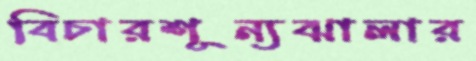
বিচারশূন্যঝালার